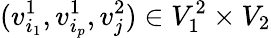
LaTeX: (v_{i_{1}}^{1},v_{i_{p}}^{1},v_{j}^{2})\in V_{1}^{2}\times V_{2}